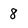
Character: 8